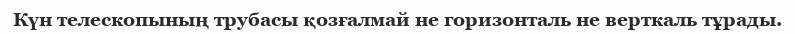
Күн телескопының трубасы қозғалмай не горизонталь не верткаль тұрады.